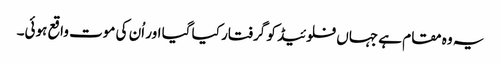
یہ وہ مقام ہے جہاں فلوئیڈ کو گرفتار کیا گیا اور اُن کی موت واقع ہوئی۔